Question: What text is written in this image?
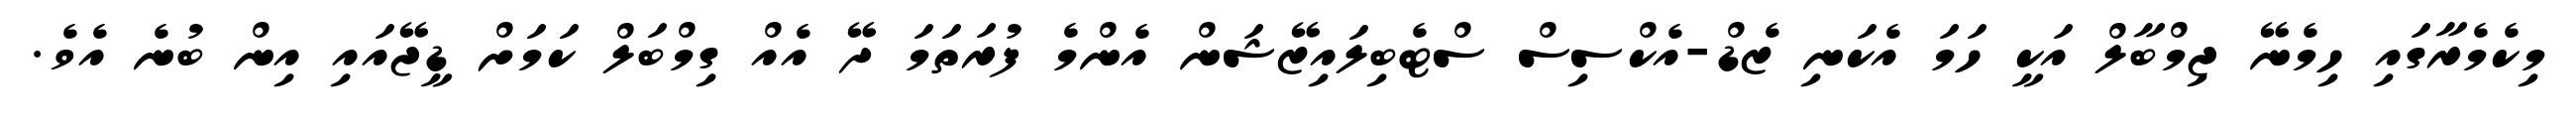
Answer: މިކެމެރާގައި ހިމެނޭ ޖިމްބާލް އަކީ ހަމަ އެކަނި ޒެޑް-އެކްސިސް ސްޓެބިލައިޒޭޝަން އެންމެ ފުރަތަމަ ދޭ އެއް ގިމްބަލް ކަމަށް ޑީޖޭއައި އިން ބުނެ އެވެ.